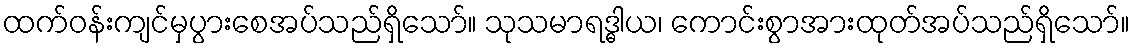
ထက်ဝန်းကျင်မှပွားစေအပ်သည်ရှိသော်။ သုသမာရဒ္ဓါယ၊ ကောင်းစွာအားထုတ်အပ်သည်ရှိသော်။